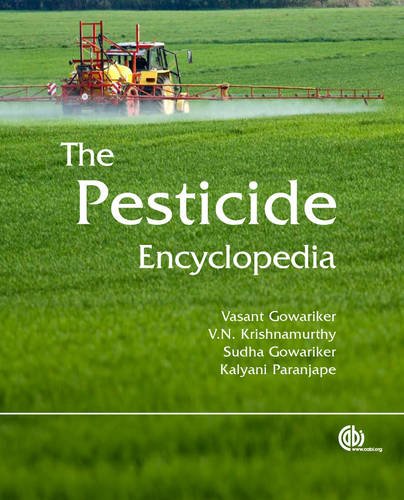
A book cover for The Pesticide Encyclopedia; Science & Math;